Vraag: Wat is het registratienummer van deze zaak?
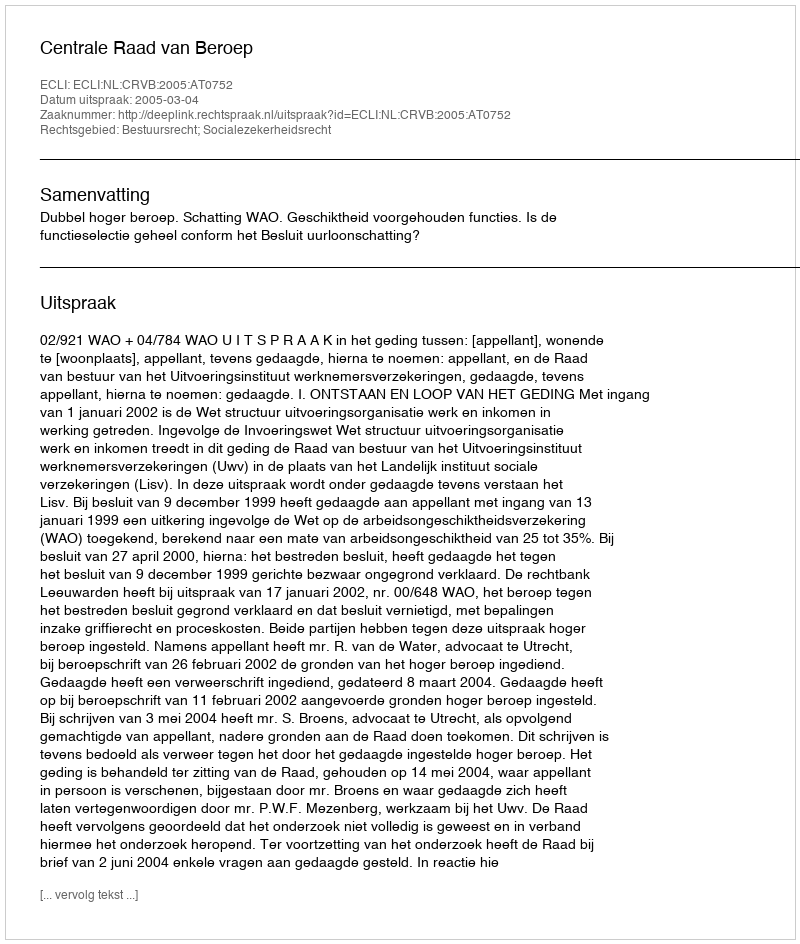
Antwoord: http://deeplink.rechtspraak.nl/uitspraak?id=ECLI:NL:CRVB:2005:AT0752